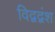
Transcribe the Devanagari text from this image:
विद्वद्वंश